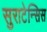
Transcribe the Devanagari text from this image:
सुराटेन्सिस